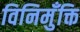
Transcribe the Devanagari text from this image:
विनिमुँक्ति